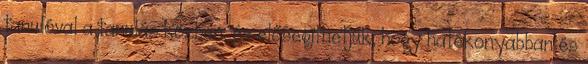
tanulóval a tanulás közben, és elősegíthetjük, hogy hatékonyabban és